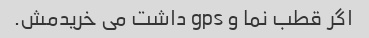
اگر قطب نما و gps داشت می خریدمش.